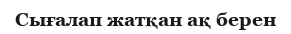
Сығалап жатқан ақ берен